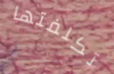
تكلفتها